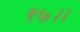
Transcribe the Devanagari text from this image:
९७।।